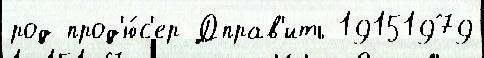
род прод'ю́с'ер Дправ'ить 19151979